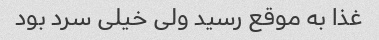
غذا به موقع رسید ولی خیلی سرد بود